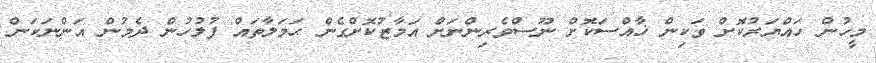
މީހުން ހައްޔަރުކޮށް ވަކިން ޚާއްސަކޮށް ނޫސްވެރިންނަށް އަމާޒުކޮށްގެން ޙަމަލާތައް ފުލުހުން ދެމުން އަންނަކަން